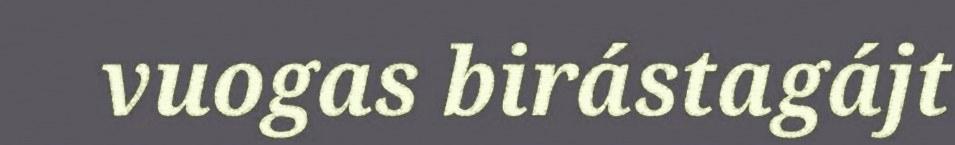
vuogas birástagájt